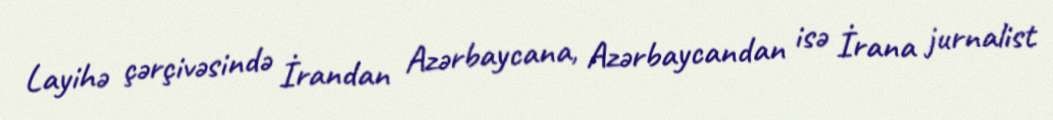
Layihə çərçivəsində İrandan Azərbaycana, Azərbaycandan isə İrana jurnalist